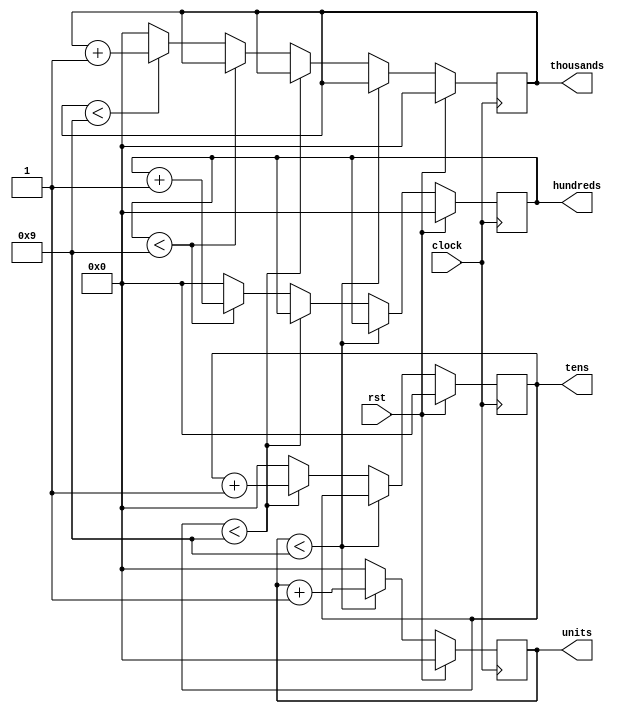
`timescale 1ns / 1ps
//////////////////////////////////////////////////////////////////////////////////
// Company: 
// Engineer: 
// 
// Design Name: 
// Module Name:    contador_BCD_4Dig 
// Project Name: 
// Target Devices: 
// Tool versions: 
// Description: 
//
// Dependencies: 
//
// Revision: 
// Revision 0.01 - File Created
// Additional Comments: 
//
//////////////////////////////////////////////////////////////////////////////////
module contador_BCD_4Dig(
	input clock,rst,
	output reg [3:0] units,tens,hundreds,thousands
	);

always @(posedge clock)
	begin
		if(rst==1)
			begin
				units=0;
				tens=0;
				hundreds=0;
				thousands=0;
			end
		else
			begin
				if(units<9)
					units=units+1;	
				else
					begin
						units=0;
						if(tens<9)
							tens=tens+1;
						else
							begin
								tens=0;
								if(hundreds<9)
									hundreds=hundreds+1;
								else
									begin
										hundreds=0;
										if(thousands<9)
											thousands=thousands+1;
										else
											begin
												units=0;
												tens=0;
												hundreds=0;
												thousands=0;
											end
									end
							end
					end
			end
	end	
endmodule